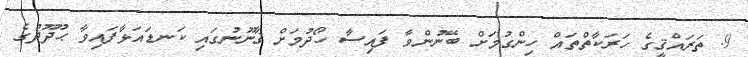
9. ތަރައްޤީގެ ހަރަކާތްތައް ހިންގުމަށް ބޭނުންވާ ފައިސާ ހޯދުމަށް ޤާނޫނުގައި ކަނޑައަޅާފައިވާ ޙުދޫދުގެ